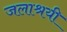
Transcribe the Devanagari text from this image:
जलाश्रयी